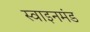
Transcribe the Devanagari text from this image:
स्वाइनमंड